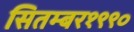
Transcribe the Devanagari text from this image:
सितम्बर१९९०